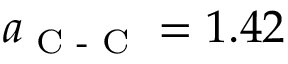
a _ { \textrm { C - C } } = 1 . 4 2